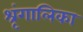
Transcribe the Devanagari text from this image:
श्रृंगालिका